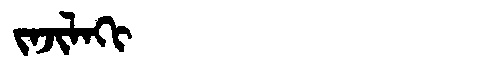
Manchu: ᠵᠠᠵᡳᠯᠠᡴᡳ
Romanization: JAJILAKI